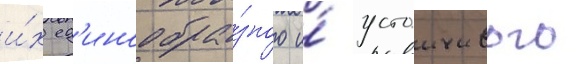
и́х ед'инообра́зного и́ устоичивого